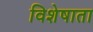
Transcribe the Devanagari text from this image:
विशेषाता